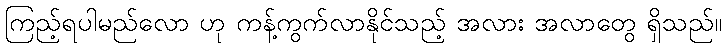
ကြည့်ရပါမည်လော ဟု ကန့်ကွက်လာနိုင်သည့် အလား အလာတွေ ရှိသည်။